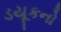
ડયૂકનો